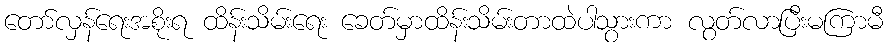
တော်လှန်ရေးအစိုးရ ထိန်းသိမ်းရေး ခေတ်မှာထိန်းသိမ်းတာထဲပါသွားကာ လွတ်လာပြီးမကြာမီ